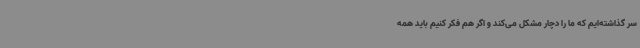
سر گذاشته‌ایم که ما را دچار مشکل می‌کند و اگر هم فکر کنیم باید همه